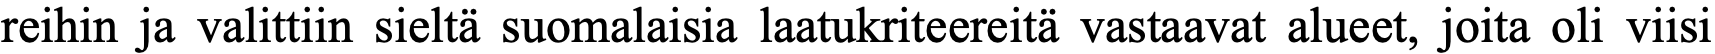
reihin ja valittiin sieltä suomalaisia laatukriteereitä vastaavat alueet, joita oli viisi